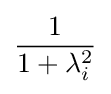
{\frac {1}{1+\lambda _{i}^{2}}}